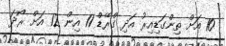
10 އަށް ތިންގަޑިއިރު އަދި ގްރޭޑް 11 އިން 12 އަށް ރޯދަ